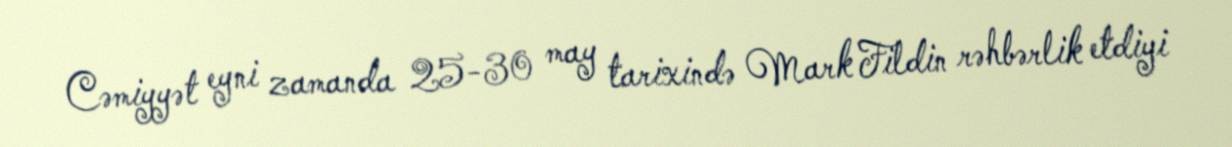
Cəmiyyət eyni zamanda 25-30 may tarixində Mark Fildin rəhbərlik etdiyi